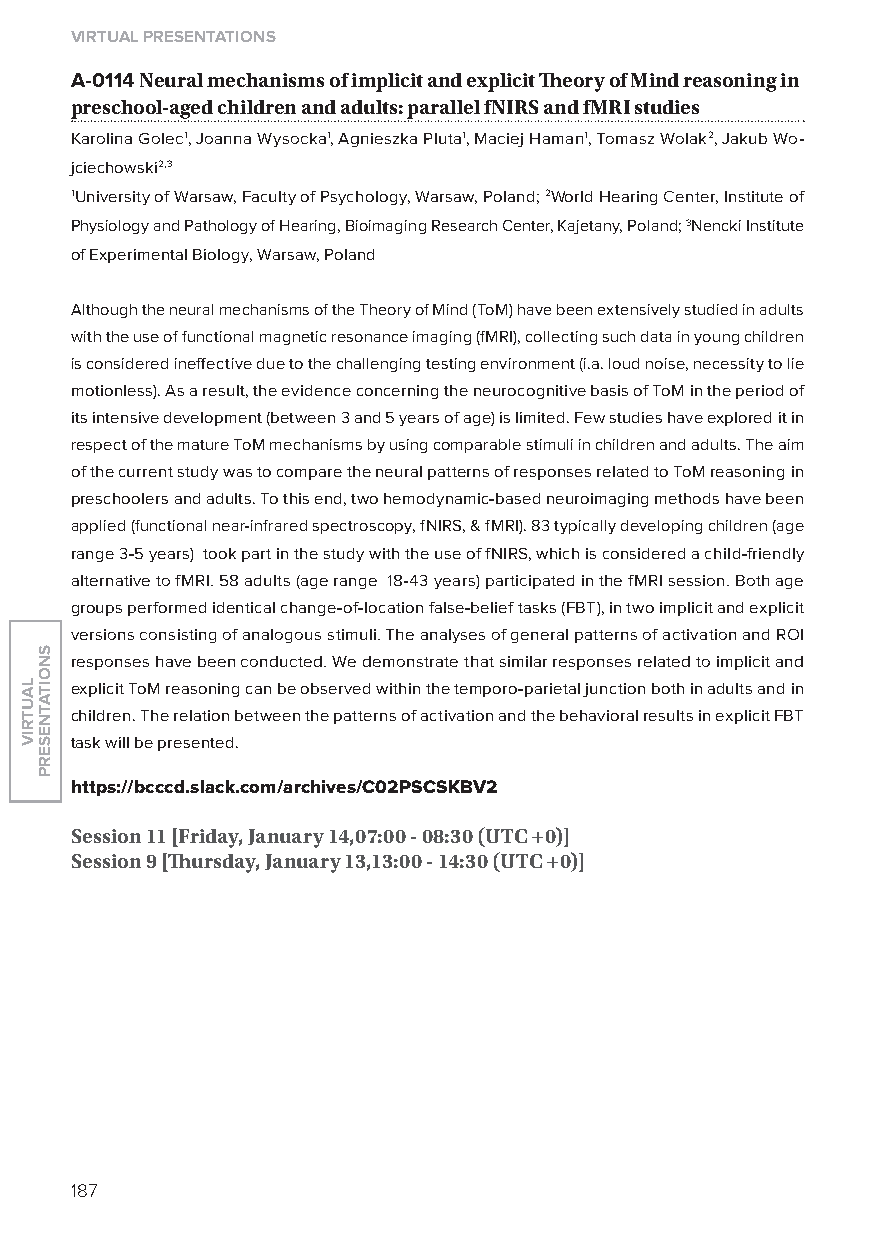
virtual presentations
 A-0114 neural mechanisms of implicit and explicit Theory of mind reasoning in
 preschool-aged children and adults: parallel fnirs and fmri studies
 Karolina Golec1, Joanna Wysocka1, Agnieszka Pluta1, Maciej Haman1, Tomasz Wolak2, Jakub Wo-
 jciechowski2,3
 1University of Warsaw, Faculty of Psychology, Warsaw, Poland; 2World Hearing Center, Institute of
 Physiology and Pathology of Hearing, Bioimaging Research Center, Kajetany, Poland; 3Nencki Institute
 of Experimental Biology, Warsaw, Poland
 Although the neural mechanisms of the Theory of Mind (ToM) have been extensively studied in adults
 with the use of functional magnetic resonance imaging (fMRI), collecting such data in young children
 is considered ineffective due to the challenging testing environment (i.a. loud noise, necessity to lie
 motionless). As a result, the evidence concerning the neurocognitive basis of ToM in the period of
 its intensive development (between 3 and 5 years of age) is limited. Few studies have explored it in
 respect of the mature ToM mechanisms by using comparable stimuli in children and adults. The aim
 of the current study was to compare the neural patterns of responses related to ToM reasoning in
 preschoolers and adults. To this end, two hemodynamic-based neuroimaging methods have been
 applied (functional near-infrared spectroscopy, fNIRS, & fMRI). 83 typically developing children (age
 range 3-5 years) took part in the study with the use of fNIRS, which is considered a child-friendly
 alternative to fMRI. 58 adults (age range 18-43 years) participated in the fMRI session. Both age
 groups performed identical change-of-location false-belief tasks (FBT), in two implicit and explicit
 versions consisting of analogous stimuli. The analyses of general patterns of activation and RoI
 responses have been conducted. We demonstrate that similar responses related to implicit and
 explicit ToM reasoning can be observed within the temporo-parietal junction both in adults and in
 children. The relation between the patterns of activation and the behavioral results in explicit FBT
 task will be presented.
 https://bcccd.slack.com/archives/C02psCskBv2
 session 11 [friday, January 14,07:00 - 08:30 (utC +0)]
 session 9 [Thursday, January 13,13:00 - 14:30 (utC +0)]
 187
 lautriv
 snoitatneserp